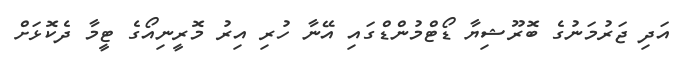
އަދި ޖަރުމަނުގެ ބޮރޫޝިޔާ ޑޯޓްމުންޑްގައި އޭނާ ހުރި އިރު މޮރީނިއޯގެ ޓީމާ ދެކޮޅަށް